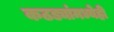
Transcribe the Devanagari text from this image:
कठड्यांमध्येही